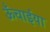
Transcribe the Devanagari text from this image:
ऊँचाईया